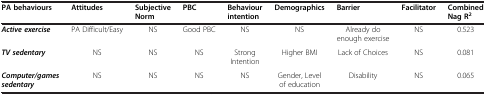
| PA behaviours | Attitudes | Subjective Norm | PBC | Behaviour intention | Demographics | Barrier | Facilitator | Combined Nag R2 |
 | --- | --- | --- | --- | --- | --- | --- | --- | --- |
 | Active exercise | PA Difficult/Easy | NS | Good PBC | NS | NS | Already do enough exercise | NS | 0.523 |
 | TV sedentary | NS | NS | NS | Strong Intention | Higher BMI | Lack of Choices | NS | 0.081 |
 | Computer/games sedentary | NS | NS | NS | NS | Gender, Level of education | Disability | NS | 0.065 |